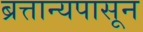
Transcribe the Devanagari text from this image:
ब्रत्तान्यपासून